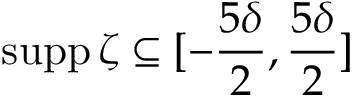
\operatorname { s u p p } \zeta \subseteq [ - \frac { 5 \delta } 2 , \frac { 5 \delta } 2 ]